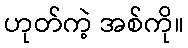
ဟုတ်ကဲ့ အစ်ကို။